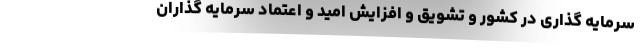
سرمایه گذاری در کشور و تشویق و افزایش امید و اعتماد سرمایه گذاران